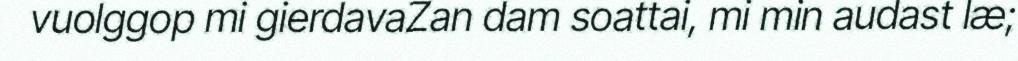
vuolggop mi gierdavaZan dam soattai, mi min audast læ;